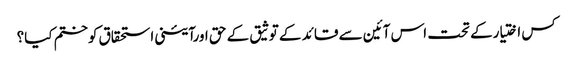
کس اختیارکے تحت اس آئین سے قائد کے توثیق کے حق اورآئینی استحقاق کوختم کیا؟